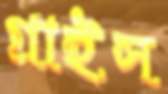
গ্রাইস